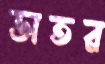
ভাতর